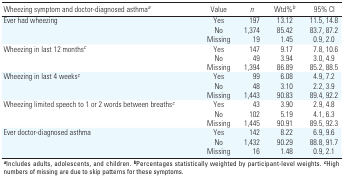
| Wheezing symptom and doctor-diagnosed asthmaa | Value | n | Wtd%b | 95% CI |
 | --- | --- | --- | --- | --- |
 | Ever had wheezing |  | Yes |  | 197 |  | 13.12 |  | 11.5, 14.8 |
 |  |  | No |  | 1,374 |  | 85.42 |  | 83.7, 87.2 |
 |  |  | Missing |  | 19 |  | 1.45 |  | 0.9, 2.0 |
 | Wheezing in last 12 monthsc |  | Yes |  | 147 |  | 9.17 |  | 7.8, 10.6 |
 |  |  | No |  | 49 |  | 3.94 |  | 3.0, 4.9 |
 |  |  | Missing |  | 1,394 |  | 86.89 |  | 85.2, 88.5 |
 | Wheezing in last 4 weeksc |  | Yes |  | 99 |  | 6.08 |  | 4.9, 7.2 |
 |  |  | No |  | 48 |  | 3.10 |  | 2.2, 3.9 |
 |  |  | Missing |  | 1,443 |  | 90.83 |  | 89.4, 92.2 |
 | Wheezing limited speech to 1 or 2 words between breathsc |  | Yes |  | 43 |  | 3.90 |  | 2.9, 4.8 |
 |  |  | No |  | 102 |  | 5.19 |  | 4.1, 6.3 |
 |  |  | Missing |  | 1,445 |  | 90.91 |  | 89.5, 92.3 |
 | Ever doctor-diagnosed asthma |  | Yes |  | 142 |  | 8.22 |  | 6.9, 9.6 |
 |  |  | No |  | 1,432 |  | 90.29 |  | 88.8, 91.7 |
 |  |  | Missing |  | 16 |  | 1.48 |  | 0.9, 2.1 |
 | <COLSPAN=9> aIncludes adults, adolescents, and children. bPercentagesstatistically weighted by participant-level weights. cHigh numbers ofmissing are due to skip patterns for these symptoms. |